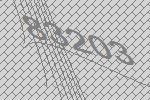
83203